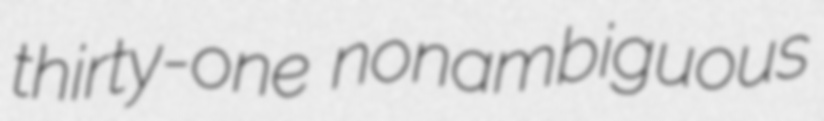
thirty-one nonambiguous